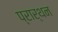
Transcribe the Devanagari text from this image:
प्रार्थन